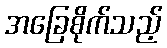
အခြေစိုက်သည့်